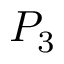
P _ { 3 }